Indian Medical Review
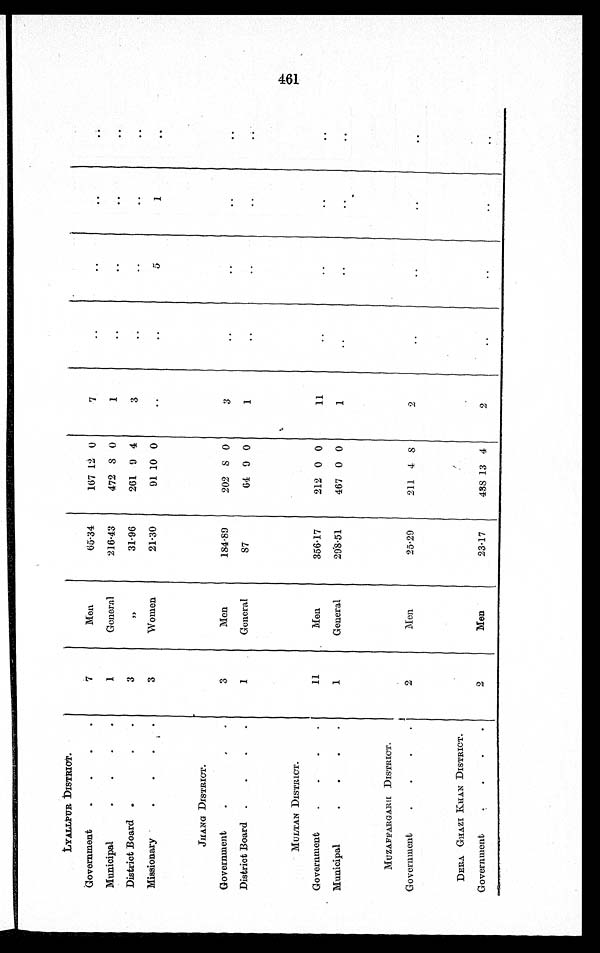
LYALLPUR DISTRICT .
Government
. . . .
7
Men
65.34
167 12 0
7
. .
. .
. .
. .
Municipal . . . .
1
General
216.43
472 8 0
1
..
. .
. .
. .
District Board
. . . .
3
Women
31.96
261 9 4
3
. .
. .
. .
..
Missionary . . . . .
3
Women
21.30
91 10 0
..
. .
5
1
. .
JHANG DISTRICT.
Government
. . . .
3
Men
184.89
202 8 0
3
..
. .
. .
..
District Board
.
. . .
1
General
87
64 0 0
1
..
..
. .
. .
MULTAN DISTRICT.
Government
. . . .
11
Men
356.17
212 0 0
11
..
..
. .
..
Municipal . . . .
1
General
298.51
467 0 0
1
..
. .
. .
. .
MUZAFFARGARH DISTRICT.
Government
. . . .
2
Men
25.29
211 4
8
2
. .
. .
. .
..
DERA GHAZI KHAN DISTRICT.
Government
. . . .
2
Men
23.17
438 13 4
2
. .
. .
. .
. .